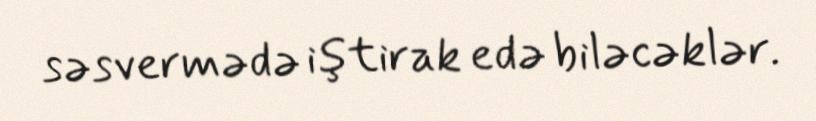
səsvermədə iştirak edə biləcəklər.